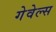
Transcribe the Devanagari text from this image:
गेवेल्स